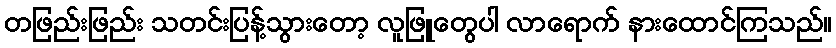
တဖြည်းဖြည်း သတင်းပြန့်သွားတော့ လူဖြူတွေပါ လာရောက် နားထောင်ကြသည်။